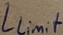
Text: Llimit